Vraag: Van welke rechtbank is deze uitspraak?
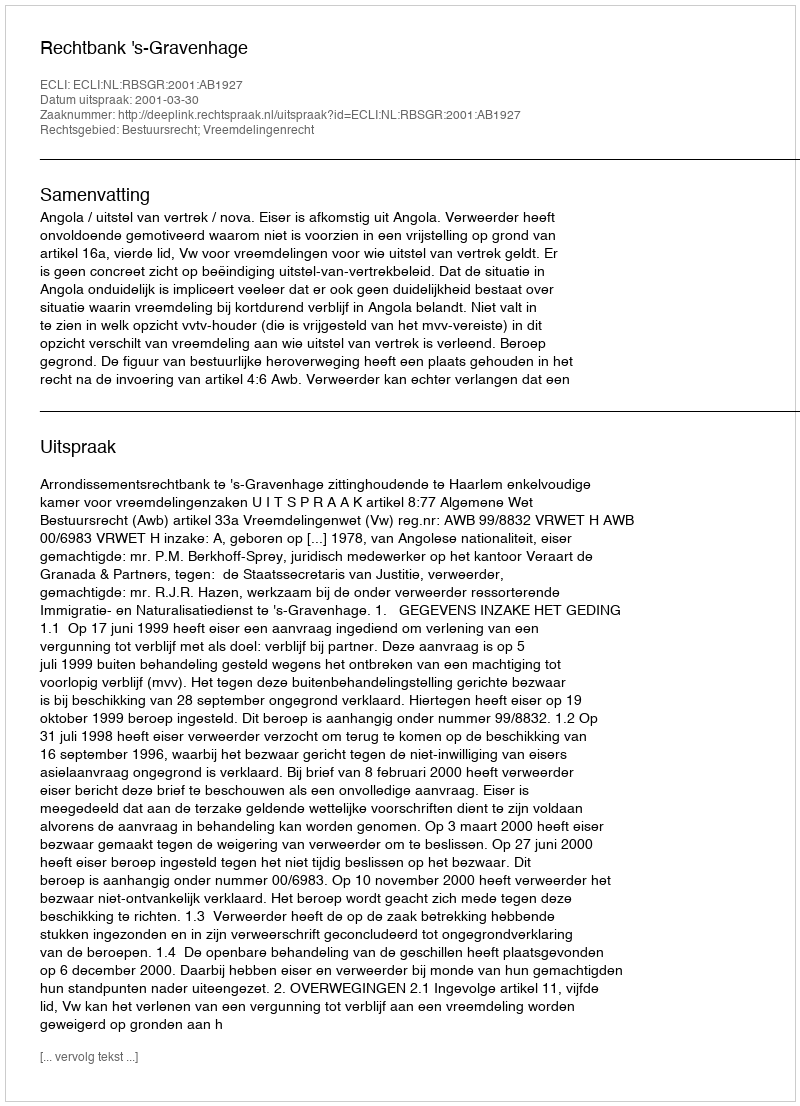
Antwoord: Rechtbank 's-Gravenhage